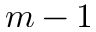
m - 1